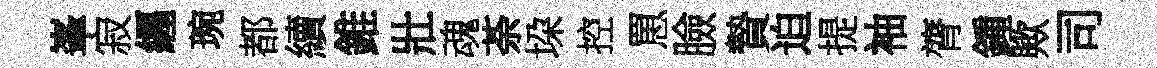
峯寂纒琬都續錐壯魂荼垜控罳臉贄迫提袖膂鍾歟司